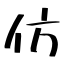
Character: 仿